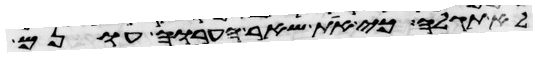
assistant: לא תגלה כי את שאר הערוה עונם